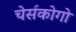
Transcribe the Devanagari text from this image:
चेर्सकोगो